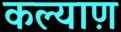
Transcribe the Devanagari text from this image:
कल्याण़